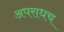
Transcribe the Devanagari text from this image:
अपराधच